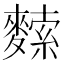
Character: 𪍟